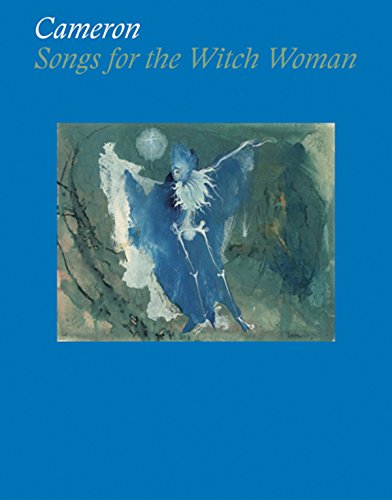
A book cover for Cameron: Songs for the Witch Woman; Yael Lipschutz; Arts & Photography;